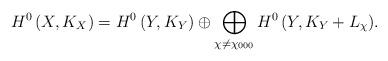
LaTeX: \begin{align*} H^{0}\left( X, K_X\right) = H^{0}\left( Y, K_{Y}\right) \oplus \bigoplus_{\chi \ne \chi_{000}}{H^{0}\left( Y, K_{Y} +L_{\chi}\right)}. \end{align*}